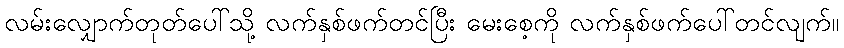
လမ်းလျှောက်တုတ်ပေါ်သို့ လက်နှစ်ဖက်တင်ပြီး မေးစေ့ကို လက်နှစ်ဖက်ပေါ်တင်လျက်။